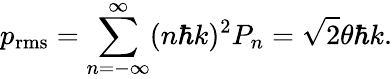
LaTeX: p_{\mathrm{rms}}=\sum_{n=-\infty}^{\infty}(n\hbar k)^{2}P_{n}={\sqrt{2}}\theta\hbar k.